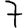
Digit: 7